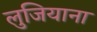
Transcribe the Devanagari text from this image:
लुजियाना